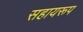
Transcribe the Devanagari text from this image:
सहायरूप